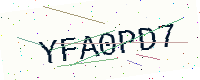
Text: YFA0PD7